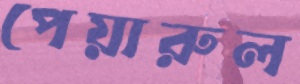
পেয়ারুল